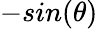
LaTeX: -sin(\theta)